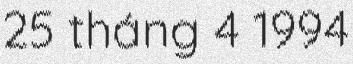
25 tháng 4 1994